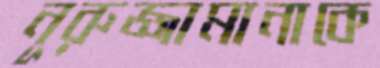
নূরুজ্জামানাকে